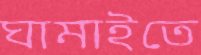
ঘামাইতে